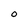
Character: 0